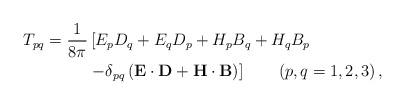
LaTeX: \begin{align*}& T_{pq}=\frac{1}{8\pi}\left[ E_{p}D_{q}+E_{q}D_{p}+H_{p}B_{q}+H_{q}B_{p}\right. \\& \qquad\qquad\left. -\delta_{pq}\left( \mathbf{E}\cdot\mathbf{D}+\mathbf{H}\cdot\mathbf{B}\right) \right] \qquad\left( p,q=1,2,3\right),\end{align*}